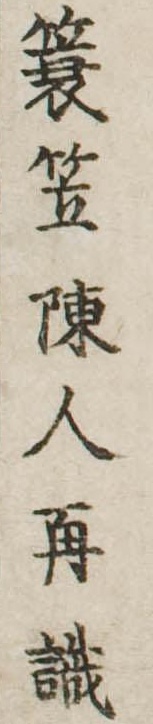
簑笠陳人再識